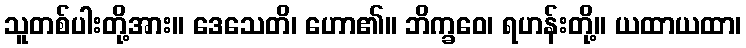
သူတစ်ပါးတို့အား။ ဒေသေတိ၊ ဟော၏။ ဘိက္ခဝေ၊ ရဟန်းတို့။ ယထာယထာ၊